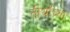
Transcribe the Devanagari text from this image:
तीर्थांच्या